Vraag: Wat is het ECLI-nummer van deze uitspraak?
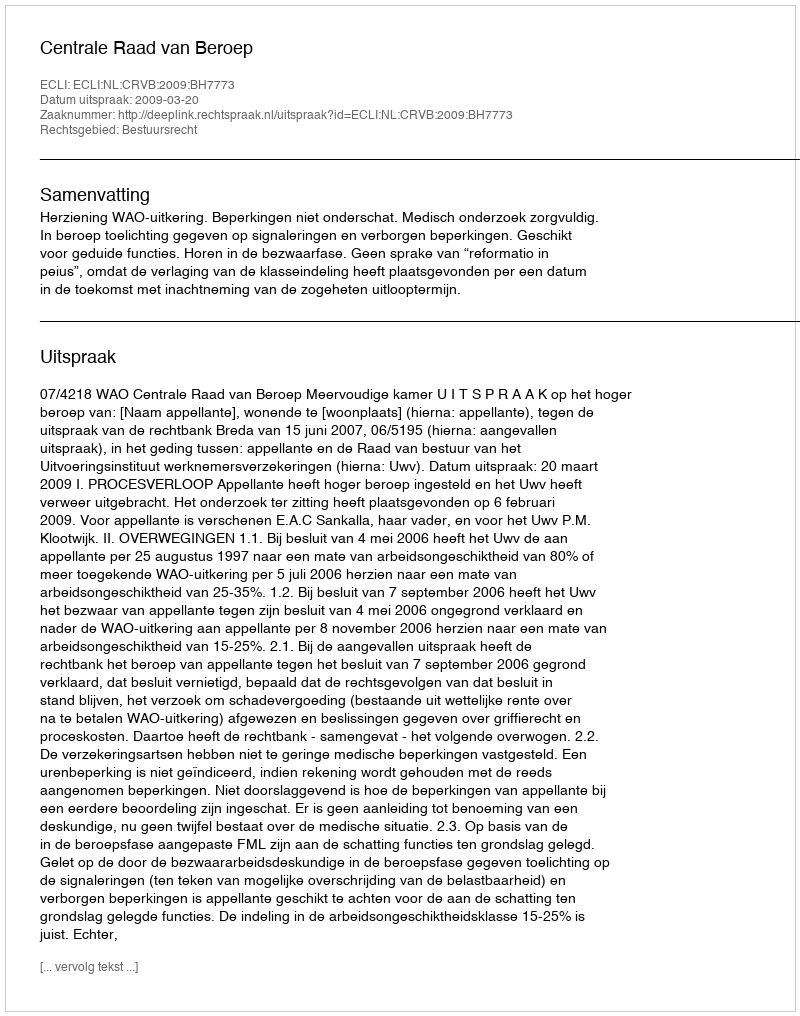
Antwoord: ECLI:NL:CRVB:2009:BH7773